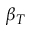
\beta _ { T }